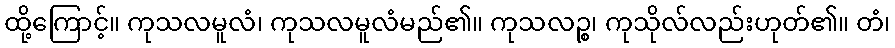
ထို့ကြောင့်။ ကုသလမူလံ၊ ကုသလမူလံမည်၏။ ကုသလဉ္စ၊ ကုသိုလ်လည်းဟုတ်၏။ တံ၊